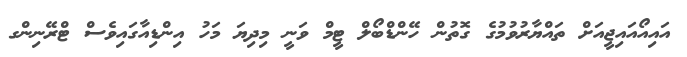
އައިއޯއައިޖީއަށް ތައްޔާރުވުމުގެ ގޮތުން ހޭންޑްބޯލް ޓީމް ވަނީ މިދިޔަ މަހު އިންޑިއާގައިވެސް ޓްރޭނިންގ